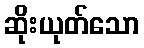
ဆိုးယုတ်သော